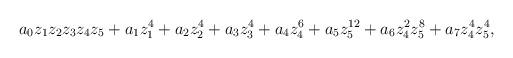
LaTeX: \begin{align*}a_0z_1z_2z_3z_4z_5 + a_1z_1^4 + a_2z_2^4 + a_3z_3^4 + a_4z_4^6 + a_5z_5^{12} + a_6z_4^2z_5^8 + a_7z_4^4z_5^4,\end{align*}